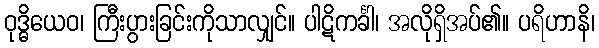
ဝုဒ္ဓိယေဝ၊ ကြီးပွားခြင်းကိုသာလျှင်။ ပါဋိကင်္ခါ၊ အလိုရှိအပ်၏။ ပရိဟာနိ၊